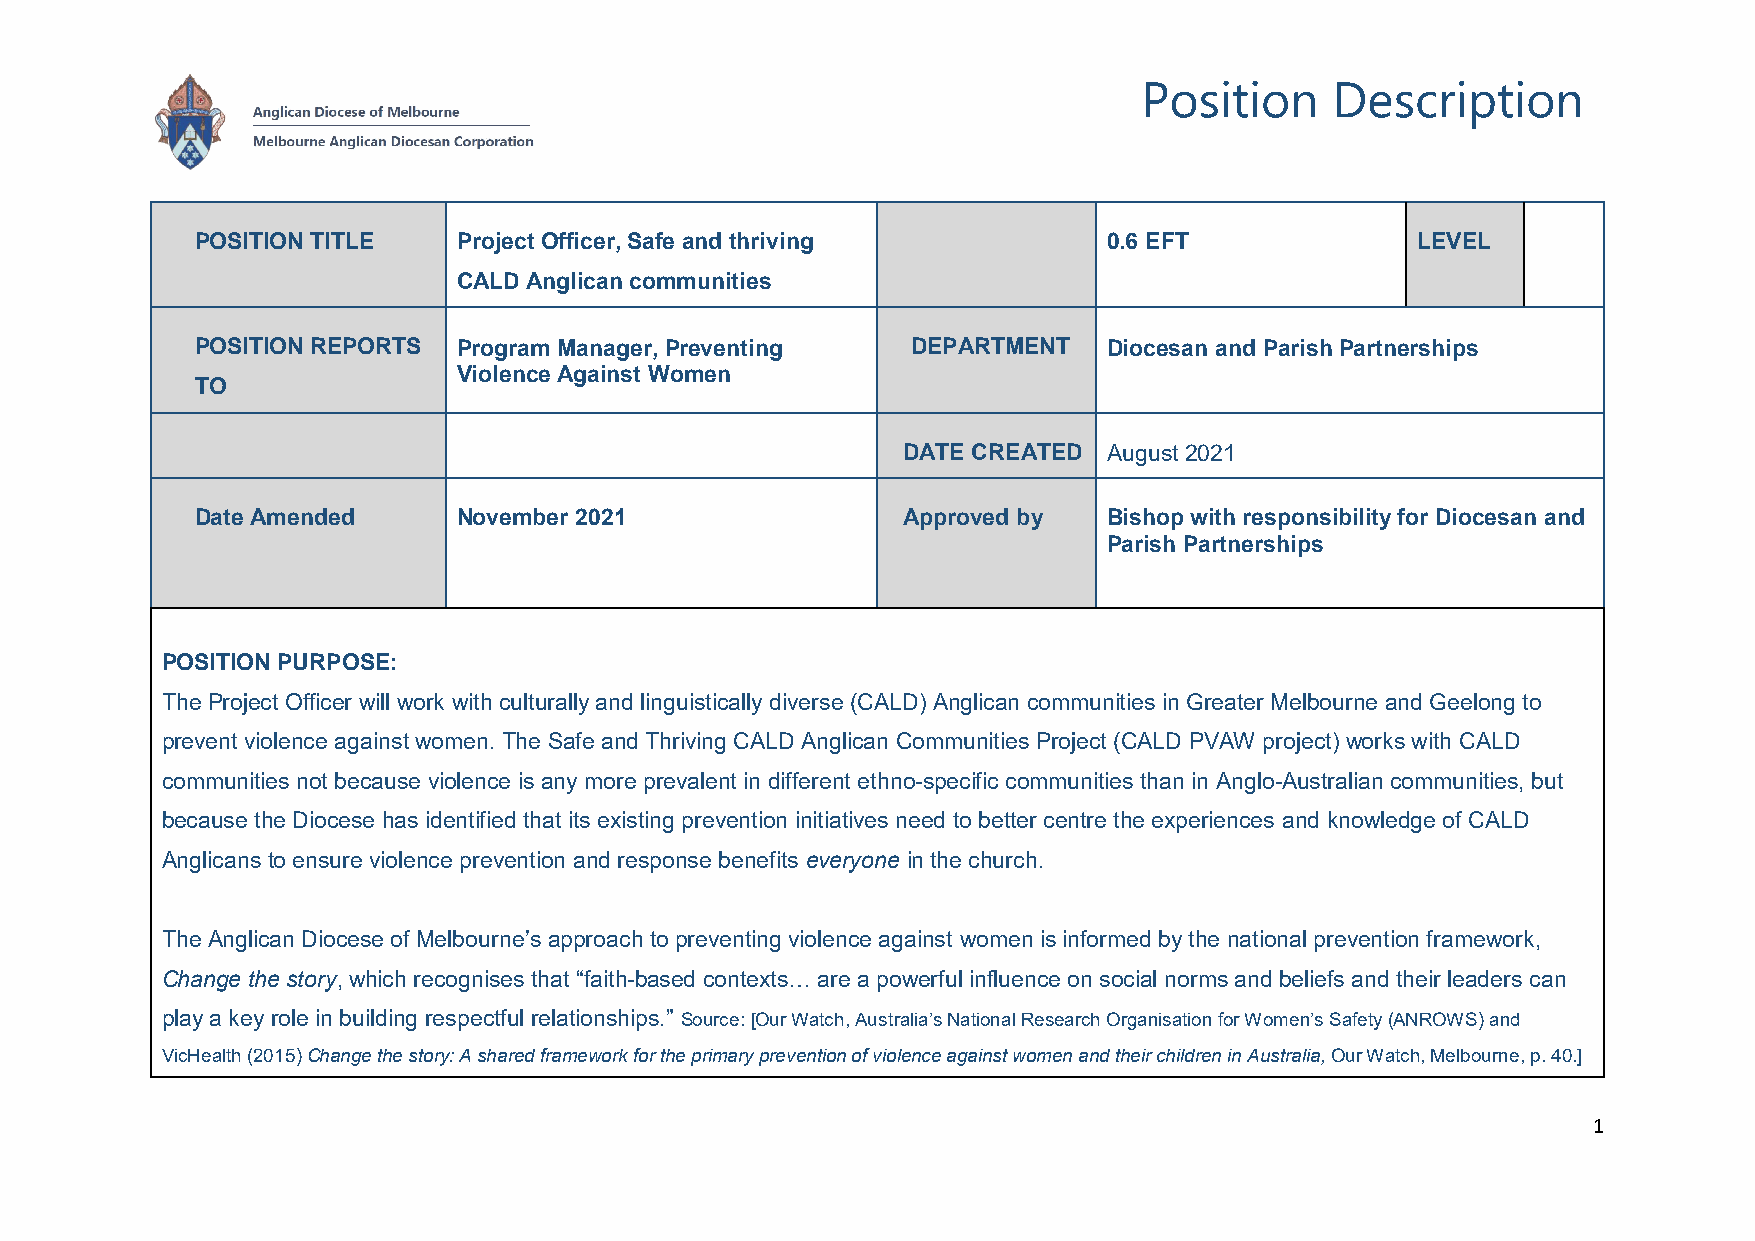
Position    Description
 POSITION TITLE   Project Officer, Safe and thriving         0.6 EFT              LEVEL
 CALD Anglican communities
 POSITION REPORTS Program Manager, Preventing   DEPARTMENT   Diocesan and Parish Partnerships
 Violence Against Women
 TO
 DATE CREATED August 2021
 Date Amended     November 2021                 Approved by  Bishop with responsibility for Diocesan and
 Parish Partnerships
 POSITION PURPOSE:
 The Project Officer will work with culturally and linguistically diverse (CALD) Anglican communities in Greater Melbourne and Geelong to
 prevent violence against women. The Safe and Thriving CALD Anglican Communities Project (CALD PVAW project) works with CALD
 communities not because violence is any more prevalent in different ethno-specific communities than in Anglo-Australian communities, but
 because the Diocese has identified that its existing prevention initiatives need to better centre the experiences and knowledge of CALD
 Anglicans to ensure violence prevention and response benefits everyone in the church.
 The Anglican Diocese of Melbourne’s approach to preventing violence against women is informed by the national prevention framework,
 Change the story, which recognises that “faith-based contexts… are a powerful influence on social norms and beliefs and their leaders can
 play a key role in building respectful relationships.” Source: [Our Watch, Australia’s National Research Organisation for Women’s Safety (ANROWS) and
 VicHealth (2015) Change the story: A shared framework for the primary prevention of violence against women and their children in Australia, Our Watch, Melbourne, p. 40.]
 1